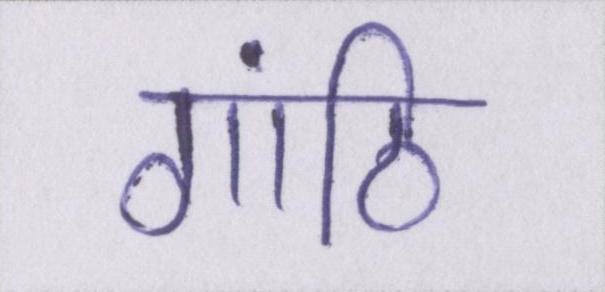
गांठि